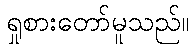
ရှုစားတော်မူသည်။